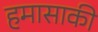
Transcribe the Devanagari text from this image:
हमासाकी